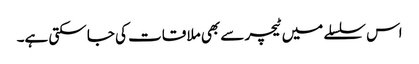
اس سلسلے میں ٹیچر سے بھی ملا قات کی جا سکتی ہے۔